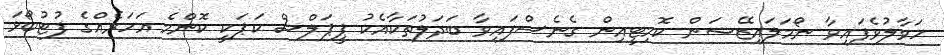
ހަވާލުވެފައިވާ ނޯމަލައިޒޭޝަން ކޮމިޓީއިން ގެނެސްފައިވާ ބަދަލުތަކާއެކު ޕީޕަލްސް ކަޕަކީ ކޮންމެ އަހަރެއްގެ ފުޓުބޯޅަ